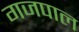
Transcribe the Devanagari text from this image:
गजपाल